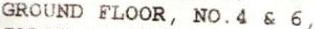
GROUND FLOOR, NO. 4 & 6,